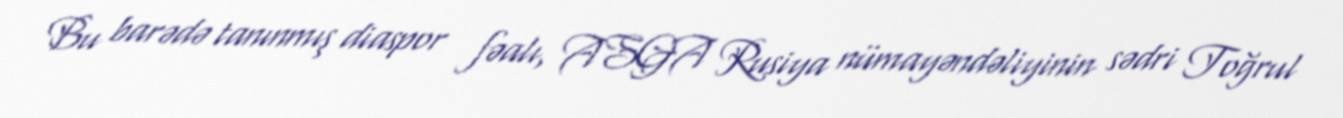
Bu barədə tanınmış diaspor fəalı, ASGA Rusiya nümayəndəliyinin sədri Toğrul